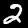
Digit: 2